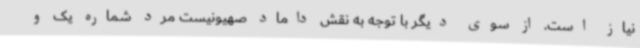
نیاز است. از سوی دیگر با توجه به نقش داماد صهیونیست مرد شماره یک و